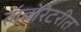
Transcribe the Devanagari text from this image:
लॅबोरेटरीत